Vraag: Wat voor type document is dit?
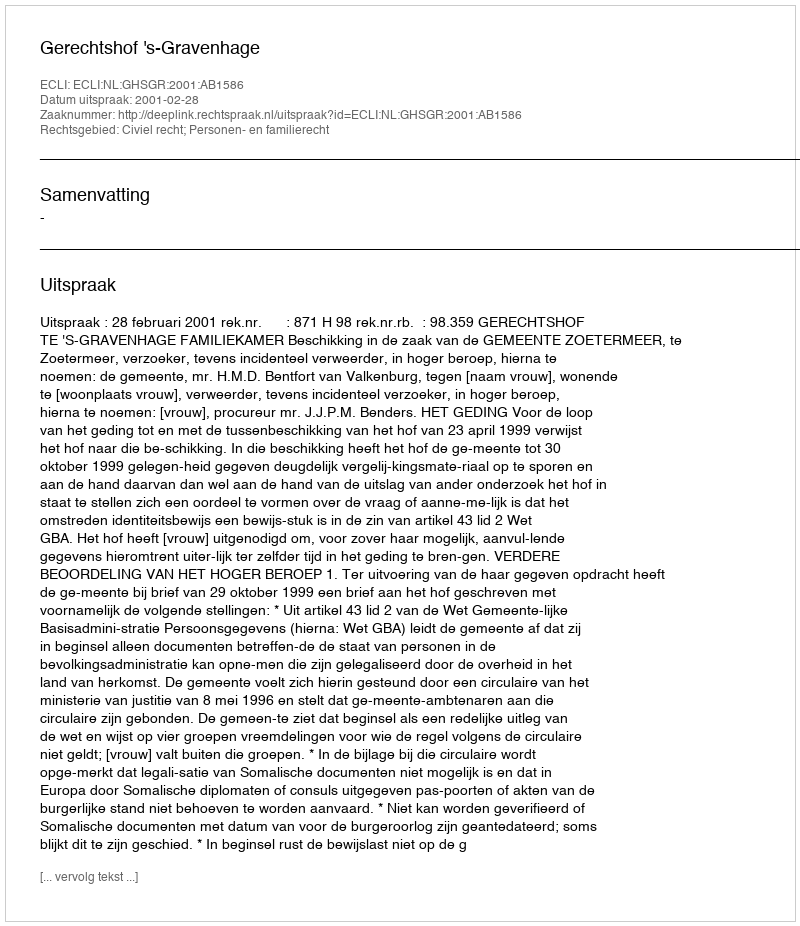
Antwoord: Uitspraak